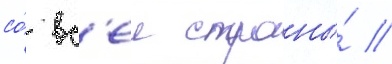
со́ вс'еи страны́ /